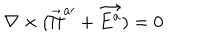
LaTeX: \nabla \times ( \vec { \Pi } ^ { a \prime } + \vec { E ^ { a } } ) = 0